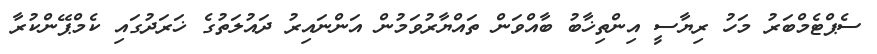
ސެޕްޓެމްބަރު މަހު ރިޔާސީ އިންތިޚާބު ބާއްވަން ތައްޔާރުވަމުން އަންނައިރު ދައުލަތުގެ ޚަރަދުގައި ކެމްޕޭންކުރާ